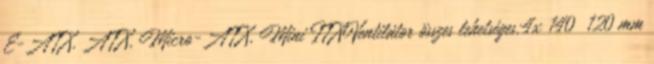
E-ATX, ATX, Micro-ATX, Mini ITXVentilátor összes lehetséges:4x 140 120 mm